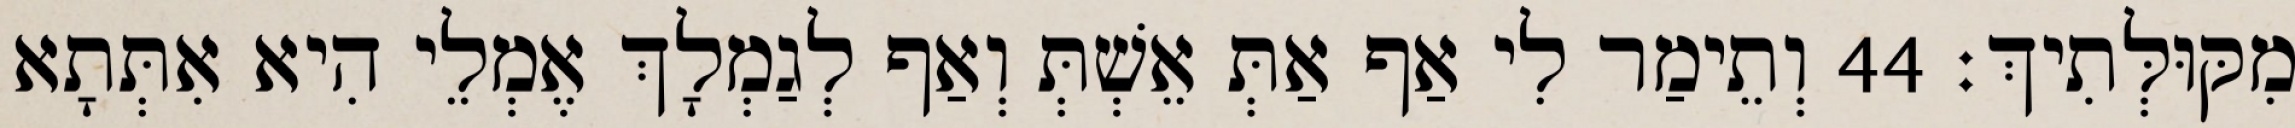
מִקּוּלְּתִיךְ׃ 44 וְתֵימַר לִי אַף אַתְּ אֵשְׁתְּ וְאַף לְגַמְלָךְ אֶמְלֵי הִיא אִתְּתָא